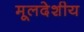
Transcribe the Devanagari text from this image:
मूलदेशीय